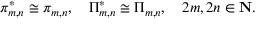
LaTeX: \pi _ { m , n } ^ { * } \cong \pi _ { m , n } , \quad \Pi _ { m , n } ^ { * } \cong \Pi _ { m , n } , \quad 2 m , 2 n \in \mathbf { N } .